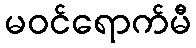
မဝင်ရောက်မီ